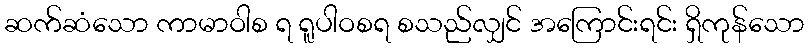
ဆက်ဆံသော ကာမာဝါစ ရ ရူပါဝစရ စသည်လျှင် အကြောင်းရင်း ရှိကုန်သော